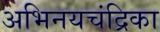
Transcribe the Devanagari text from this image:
अभिनयचंद्रिका